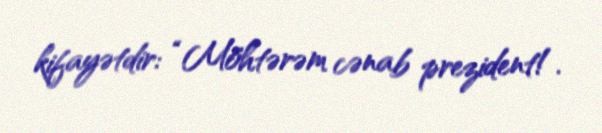
kifayətdir: “Möhtərəm cənab prezident!.